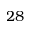
2 8